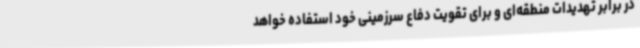
در برابر تهدیدات منطقه‌ای و برای تقویت دفاع سرزمینی خود استفاده خواهد